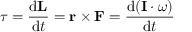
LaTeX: { \boldsymbol { \tau } } = { \frac { \mathrm { { d } } \mathbf { L } } { \mathrm { { d } } t } } = \mathbf { r } \times \mathbf { F } = { \frac { \mathrm { { d } } ( \mathbf { I } \cdot { \boldsymbol { \omega } } ) } { \mathrm { { d } } t } }